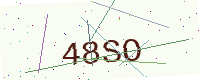
Text: 48SO